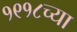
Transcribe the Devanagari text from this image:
१९१८च्या